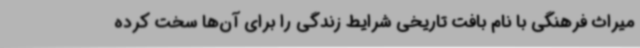
میراث فرهنگی با نام بافت تاریخی شرایط زندگی را برای آن‌ها سخت کرده